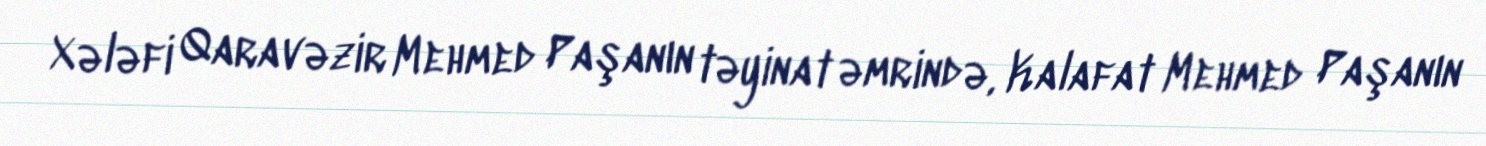
Xələfi Qaravəzir Mehmed Paşanın təyinat əmrində, Kalafat Mehmed Paşanın